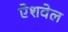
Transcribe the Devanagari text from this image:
ऐशवेल